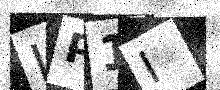
Text: IP1I